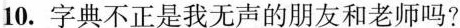
10.字典不正是我无声的朋友和老师吗？